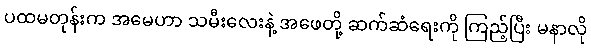
ပထမတုန်းက အမေဟာ သမီးလေးနဲ့ အဖေတို့ ဆက်ဆံရေးကို ကြည့်ပြီး မနာလို